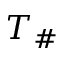
T _ { \# }